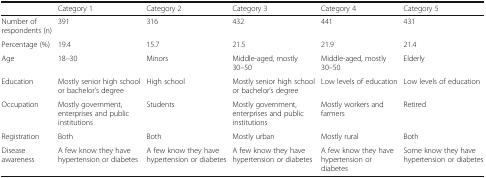
|  | Category 1 | Category 2 | Category 3 | Category 4 | Category 5 |
 | --- | --- | --- | --- | --- | --- |
 | Number of respondents (n) | 391 | 316 | 432 | 441 | 431 |
 | Percentage (%) | 19.4 | 15.7 | 21.5 | 21.9 | 21.4 |
 | Age | 18–30 | Minors | Middle-aged, mostly 30–50 | Middle-aged, mostly 30–50 | Elderly |
 | Education | Mostly senior high school or bachelor’s degree | High school | Mostly senior high school or bachelor’s degree | Low levels of education | Low levels of education |
 | Occupation | Mostly government, enterprises and public institutions | Students | Mostly government, enterprises and public institutions | Mostly workers and farmers | Retired |
 | Registration | Both | Both | Mostly urban | Mostly rural | Both |
 | Disease awareness | A few know they have hypertension or diabetes | A few know they have hypertension or diabetes | A few know they have hypertension or diabetes | A few know they have hypertension or diabetes | Some know they have hypertension or diabetes |